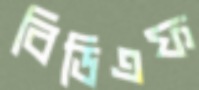
বিডিএফ